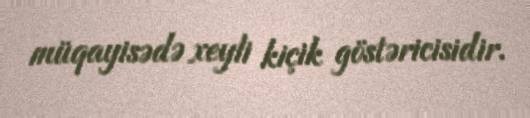
müqayisədə xeyli kiçik göstəricisidir.